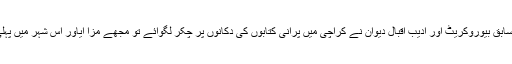
پچھلی دفعہ جب گیا اور سابق بیوروکریٹ اور ادیب اقبال دیوان نے کراچی میں پرانی کتابوں کی دکانوں پر چکر لگوائے تو مجھے مزا آیاور اس شہر میں پہلی دفعہ دلچسپی پیدا ہوئی۔